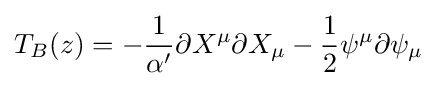
T_{B}(z)=-{\frac {1}{\alpha '}}\partial X^{\mu }\partial X_{\mu }-{\frac {1}{2}}\psi ^{\mu }\partial \psi _{\mu }